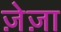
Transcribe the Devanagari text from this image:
ज़ेज़ा